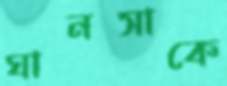
ঘানসাকে